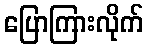
ပြောကြားလိုက်